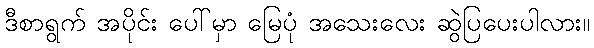
ဒီစာရွက် အပိုင်း ပေါ်မှာ မြေပုံ အသေးလေး ဆွဲပြပေးပါလား။